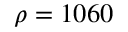
\rho = 1 0 6 0